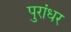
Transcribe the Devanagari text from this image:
पुरांधर